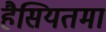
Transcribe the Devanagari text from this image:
हैसियतमा